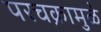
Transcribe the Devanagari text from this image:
परचक्रामुळे